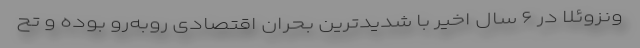
ونزوئلا در ۶ سال اخیر با شدیدترین بحران اقتصادی روبه‌رو بوده و تح